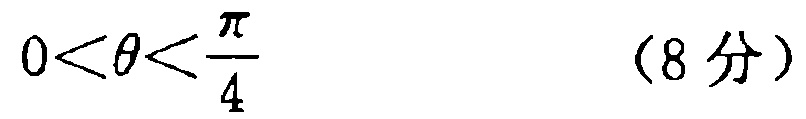
\(0<\theta<\frac{\pi}{4}\) （8分）